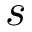
s